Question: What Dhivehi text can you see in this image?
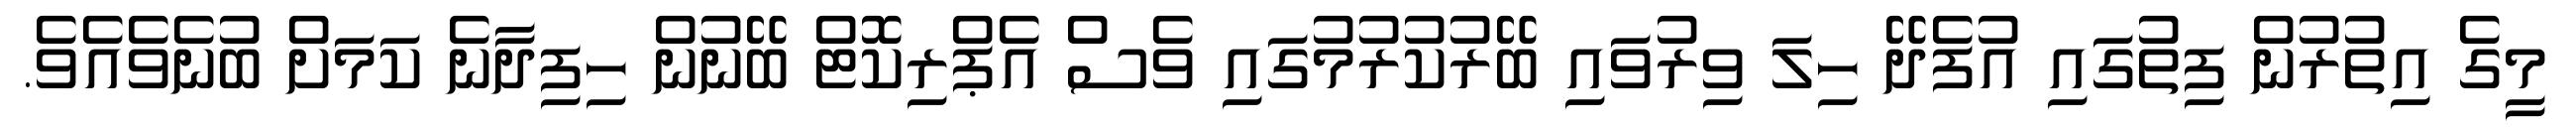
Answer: މީގެ އިތުރުން ފިތުގައި އުފެދޭ ހިލަ ވިރުވައި ބޭރުކުރުމުގައި ވެސް އެޕްރިކޮޓް ބޭނުން ހިފިދާނެ ކަމަށް ބުނެވެއެވެ.